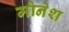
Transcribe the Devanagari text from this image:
मोनेश